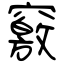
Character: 竅